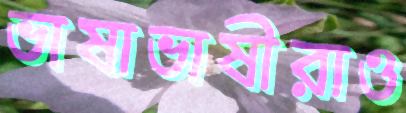
ভাষাভাষীরাও